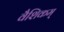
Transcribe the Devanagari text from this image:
वैशिकम्